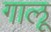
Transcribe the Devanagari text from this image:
गालू